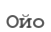
Ойо